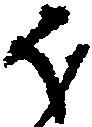
ほ